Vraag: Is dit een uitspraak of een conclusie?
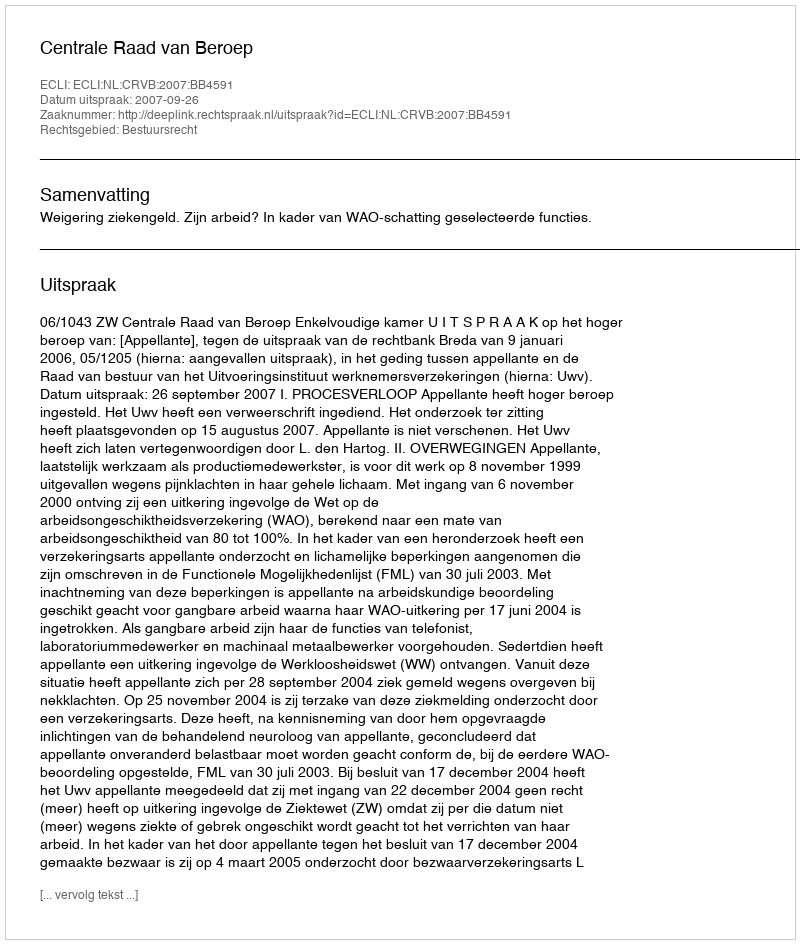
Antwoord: Uitspraak